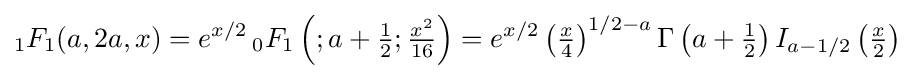
{}_{1}F_{1}(a,2a,x)=e^{x/2}\,{}_{0}F_{1}\left(;a+{\tfrac {1}{2}};{\tfrac {x^{2}}{16}}\right)=e^{x/2}\left({\tfrac {x}{4}}\right)^{1/2-a}\Gamma \left(a+{\tfrac {1}{2}}\right)I_{a-1/2}\left({\tfrac {x}{2}}\right)